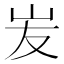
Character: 𡵢